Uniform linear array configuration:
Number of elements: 4
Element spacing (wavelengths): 0.75
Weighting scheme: hann
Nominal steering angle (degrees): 0
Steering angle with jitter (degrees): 1.37
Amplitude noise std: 0.05
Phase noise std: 0.05

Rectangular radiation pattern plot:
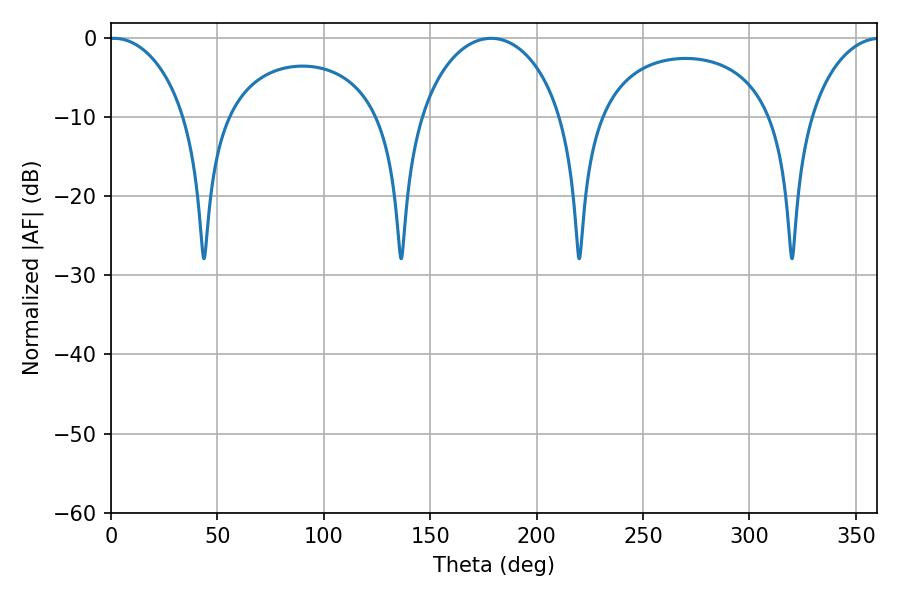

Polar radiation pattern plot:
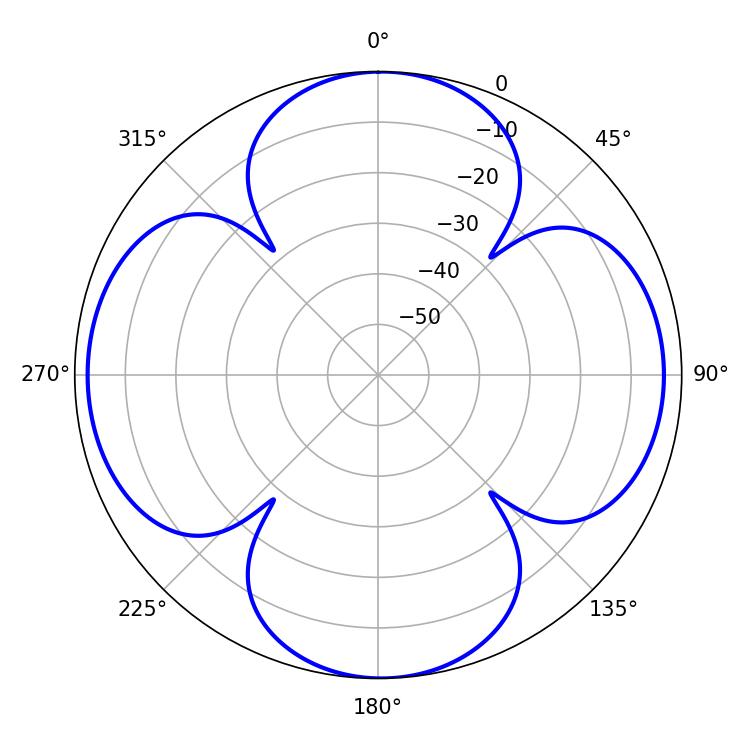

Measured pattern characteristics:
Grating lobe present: TRUE
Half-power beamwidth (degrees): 20.88
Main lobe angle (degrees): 1.44